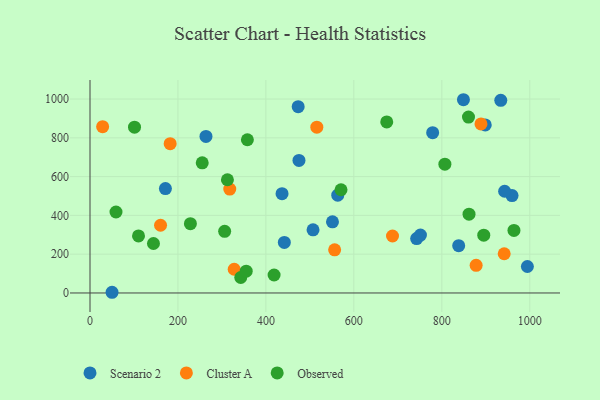
{"axis": {"x": "Study Hours", "y": "Rating"}, "legend": ["Cluster A", "Observed", "Scenario 2"], "data": [{"x": "171.5", "y": 538.1, "type": "Scenario 2"}, {"x": "849.2", "y": 996.4, "type": "Scenario 2"}, {"x": "263.7", "y": 807.3, "type": "Scenario 2"}, {"x": "441.9", "y": 260.5, "type": "Scenario 2"}, {"x": "50.1", "y": 3.6, "type": "Scenario 2"}, {"x": "898.8", "y": 866.4, "type": "Scenario 2"}, {"x": "959.7", "y": 502.2, "type": "Scenario 2"}, {"x": "507.2", "y": 325.7, "type": "Scenario 2"}, {"x": "475.2", "y": 683.4, "type": "Scenario 2"}, {"x": "551.4", "y": 367.1, "type": "Scenario 2"}, {"x": "473.4", "y": 960.6, "type": "Scenario 2"}, {"x": "563.4", "y": 504.3, "type": "Scenario 2"}, {"x": "742.8", "y": 280.4, "type": "Scenario 2"}, {"x": "934.1", "y": 993.5, "type": "Scenario 2"}, {"x": "994.6", "y": 136.6, "type": "Scenario 2"}, {"x": "942.9", "y": 524.5, "type": "Scenario 2"}, {"x": "779.2", "y": 826.3, "type": "Scenario 2"}, {"x": "838.4", "y": 244.1, "type": "Scenario 2"}, {"x": "436.7", "y": 511.8, "type": "Scenario 2"}, {"x": "751.4", "y": 298.4, "type": "Scenario 2"}, {"x": "889.1", "y": 871.7, "type": "Cluster A"}, {"x": "556.3", "y": 222.4, "type": "Cluster A"}, {"x": "878.1", "y": 142.3, "type": "Cluster A"}, {"x": "317.8", "y": 535.5, "type": "Cluster A"}, {"x": "687.9", "y": 293.8, "type": "Cluster A"}, {"x": "515.8", "y": 855.1, "type": "Cluster A"}, {"x": "182.3", "y": 769.7, "type": "Cluster A"}, {"x": "160.4", "y": 349.1, "type": "Cluster A"}, {"x": "327.9", "y": 122.3, "type": "Cluster A"}, {"x": "941.9", "y": 202.3, "type": "Cluster A"}, {"x": "28.7", "y": 857.3, "type": "Cluster A"}, {"x": "342.8", "y": 79.9, "type": "Observed"}, {"x": "312.5", "y": 583.9, "type": "Observed"}, {"x": "570.8", "y": 532.2, "type": "Observed"}, {"x": "255.2", "y": 671.3, "type": "Observed"}, {"x": "861.9", "y": 406.2, "type": "Observed"}, {"x": "807.0", "y": 664.1, "type": "Observed"}, {"x": "895.4", "y": 298.0, "type": "Observed"}, {"x": "674.8", "y": 881.7, "type": "Observed"}, {"x": "964.1", "y": 322.7, "type": "Observed"}, {"x": "59.1", "y": 417.6, "type": "Observed"}, {"x": "860.7", "y": 906.8, "type": "Observed"}, {"x": "357.9", "y": 790.1, "type": "Observed"}, {"x": "228.3", "y": 357.1, "type": "Observed"}, {"x": "355.2", "y": 112.4, "type": "Observed"}, {"x": "306.2", "y": 317.7, "type": "Observed"}, {"x": "101.2", "y": 855.1, "type": "Observed"}, {"x": "110.3", "y": 293.9, "type": "Observed"}, {"x": "418.6", "y": 92.7, "type": "Observed"}, {"x": "144.3", "y": 255.2, "type": "Observed"}]}